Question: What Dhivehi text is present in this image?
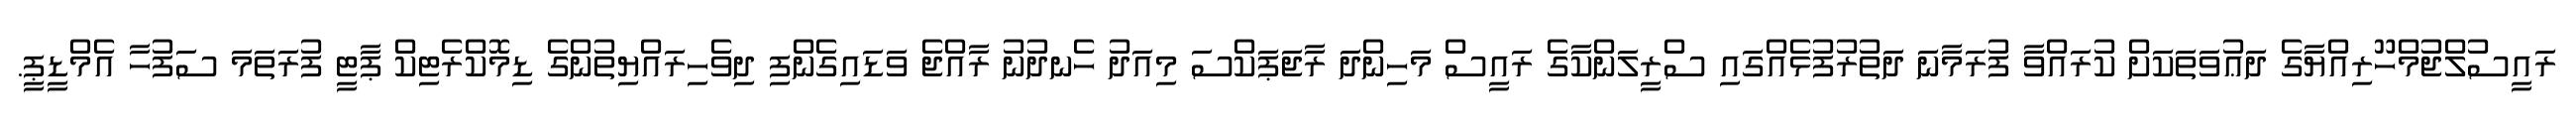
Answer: ރައީސުލްޖުމްހޫރިއްޔާގެ ދަޢުވަތަކަށް ކުރައްވާ ފުރަމާނަ ދަތުރުފުޅެއްގައި ސްރީލަންކާގެ ރައީސް މަހިންދަ ރާޖަޕަކްސަ މިއަދު ހެނދުނު ރާއްޖެ ވަޑައިގެންފި ދިވެހިރައްޔިތުންގެ ޑިމޮކްރެޓިކް ޕާޓީ ފުރަތަމަ ސަފުހާ އެމްޑީޕީ.